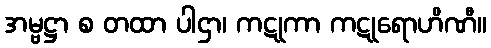
အမ္ဗဋ္ဌာ စ တထာ ပါဌာ၊ ကဋုကာ ကဋုရောဟိဏီ။